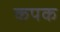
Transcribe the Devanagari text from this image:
कपक